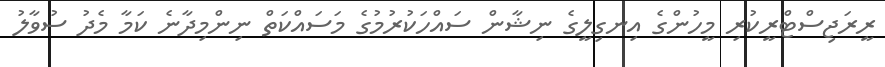
ރީރަޖިސްޓްރީކުރި މީހުންގެ އިނގިލީގެ ނިޝާން ސައްހަކުރުމުގެ މަސައްކަތް ނިންމިދާނެ ކަމާ މެދު ސުވާލު